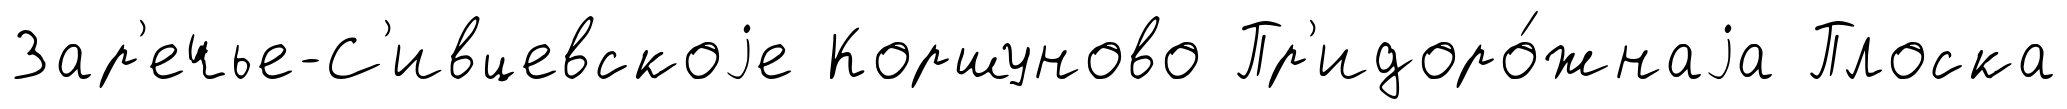
Зар'ечье-С'ивцевскоjе Коршуново Пр'идоро́жнаjа Плоска